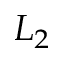
L _ { 2 }